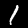
Label: 1